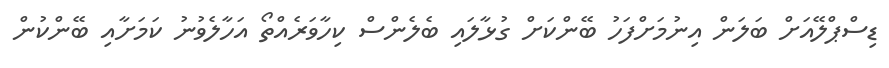
ޑިސްޕްލޭއަށް ބަލަން އިނުމަށްފަހު ބޭންކަށް ގުޅާލައި ބެލެންސް ކިހާވަރެއްތޯ އަހާލެވުނު ކަމަށާއި ބޭންކުން